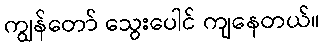
ကျွန်တော် သွေးပေါင် ကျနေတယ်။